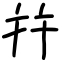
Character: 幷